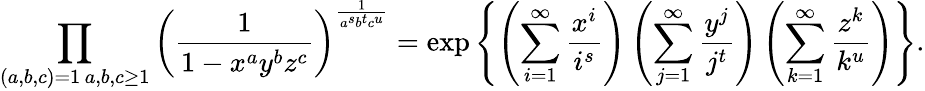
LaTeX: \prod_{\substack{(a,b,c)=1\, a,b,c\geq 1}}\left(\frac{1}{1-x^{a}y^{b}z^{c}}\right)^{\frac{1}{a^{s}b^{t}c^{u}}}=\exp\left\{ \left(\sum_{i=1}^{\infty}\frac{x^{i}}{i^{s}}\right)\left(\sum_{j=1}^{\infty}\frac{y^{j}}{j^{t}}\right)\left(\sum_{k=1}^{\infty}\frac{z^{k}}{k^{u}}\right)\right\} .